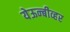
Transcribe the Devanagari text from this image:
येऊन्बीव्हर